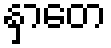
နှာတေ